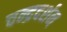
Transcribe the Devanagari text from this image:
चन्द्रदर्शन